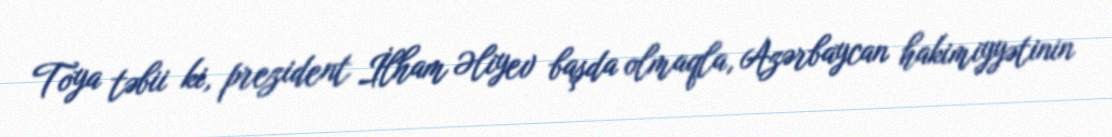
Toya təbii ki, prezident İlham Əliyev başda olmaqla, Azərbaycan hakimiyyətinin